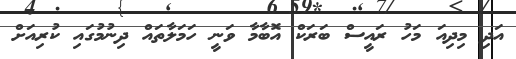
އަދި މިދިއަ މަހު ރައީސް ބަރަކް އޮބާމާ ވަނީ ހަމަލާތައް ދިނުމުގައި ކުރިއަށް